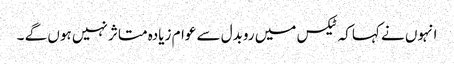
انہوں نے کہاکہ ٹیکس میں روبدل سے عوام زیادہ متاثر نہیں ہوں گے ۔